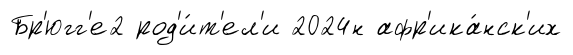
Бр'югг'е2 род'и́т'ел'и 2024н афр'ика́нск'их